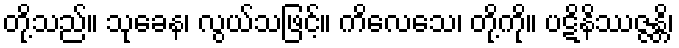
တို့သည်။ သုခေန၊ လွယ်သဖြင့်။ ကိလေသေ၊ တို့ကို။ ပဋိနိဿဇ္ဇန္တိ၊